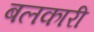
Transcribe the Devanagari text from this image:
बलकारी